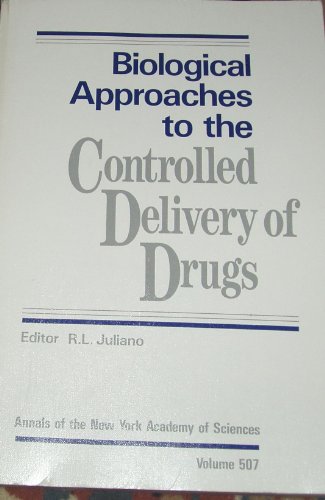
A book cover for Biological Approaches to the Controlled Delivery of Drugs (Annals of the New York Academy of Sciences); Medical Books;